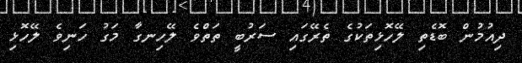
ދިއުމުން ބޮޑެތި ލޭހޮޅިތަކުގެ ތެރޭގައި ސަރުބީ ތަތްވެ ލޭހިނގާ މަގު ހަނިވެ ލޭހޮޅި